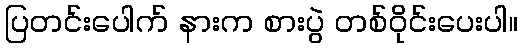
ပြတင်းပေါက် နားက စားပွဲ တစ်ဝိုင်းပေးပါ။